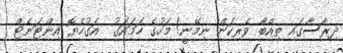
ދިރާސާގައި ތިއްބާ ވެރިކަން ނިމޭނީ! މަހުގެ ހަމައަގު  އަގުހެޔޮ އިންޓަނެޓް